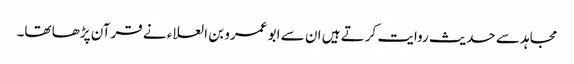
مجاہد سے حدیث روایت کرتے ہیں ان سے ابو عمرو بن العلاء نے قرآن پڑھا تھا۔